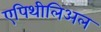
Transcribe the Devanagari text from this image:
एपिथीलिअल